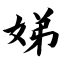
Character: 娣